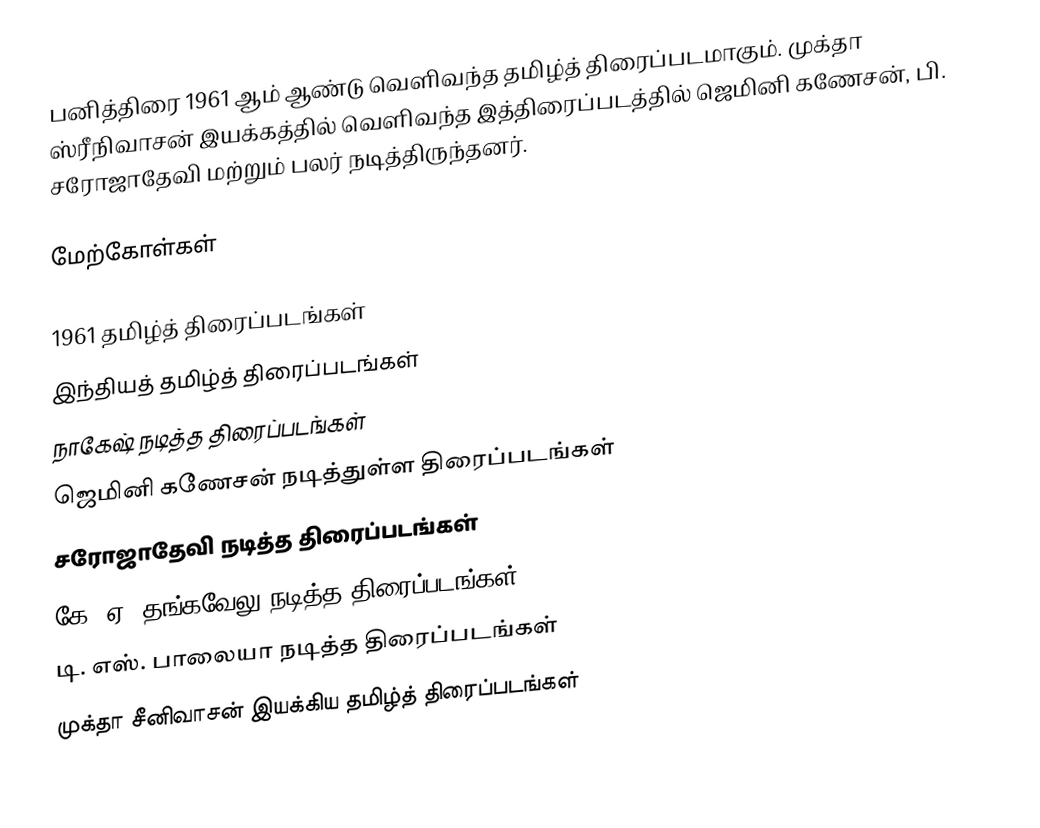
பனித்திரை 1961 ஆம் ஆண்டு வெளிவந்த தமிழ்த் திரைப்படமாகும். முக்தா ஸ்ரீநிவாசன் இயக்கத்தில் வெளிவந்த இத்திரைப்படத்தில் ஜெமினி கணேசன், பி. சரோஜாதேவி மற்றும் பலர் நடித்திருந்தனர்.

மேற்கோள்கள்

1961 தமிழ்த் திரைப்படங்கள்
இந்தியத் தமிழ்த் திரைப்படங்கள்
நாகேஷ் நடித்த திரைப்படங்கள்
ஜெமினி கணேசன் நடித்துள்ள திரைப்படங்கள்
சரோஜாதேவி நடித்த திரைப்படங்கள்
கே. ஏ. தங்கவேலு நடித்த திரைப்படங்கள்
டி. எஸ். பாலையா நடித்த திரைப்படங்கள்
முக்தா சீனிவாசன் இயக்கிய தமிழ்த் திரைப்படங்கள்